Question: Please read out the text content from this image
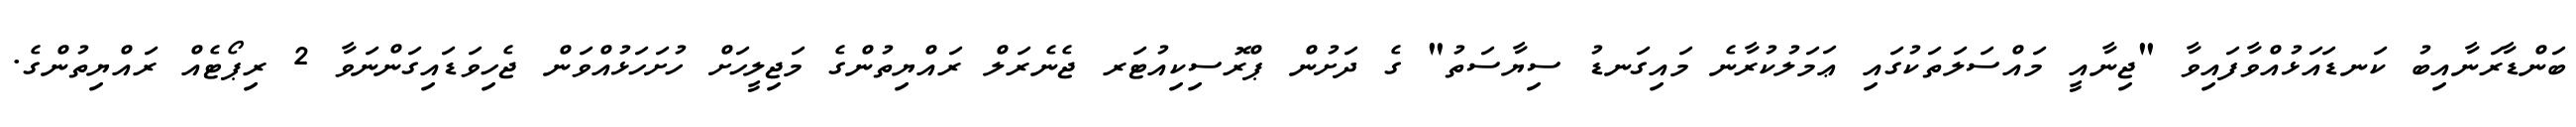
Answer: ބަންޑާރަނާއިބު ކަނޑައަޅުއްވާފައިވާ "ޖިނާއީ މައްސަލަތަކުގައި ޢަމަލުކުރާނެ މައިގަނޑު ސިޔާސަތު" ގެ ދަށުން ޕްރޮސިކިއުޓަރ ޖެނެރަލް ރައްޔިތުންގެ މަޖިލީހަށް ހުށަހަޅުއްވަން ޖެހިވަޑައިގަންނަވާ 2 ރިޕޯޓެއް ރައްޔިތުންގެ.